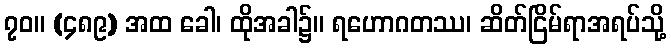
၇၀။ (၄၈၉) အထ ခေါ၊ ထိုအခါ၌။ ရဟောဂတဿ၊ ဆိတ်ငြိမ်ရာအရပ်သို့